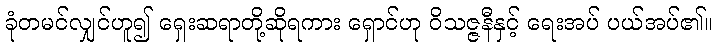
ခုံတမင်လျှင်ဟူ၍ ရှေးဆရာတို့ဆိုရကား ရှောင်ဟု ဝိသဇ္ဇနီနှင့် ရေးအပ် ပယ်အပ်၏။